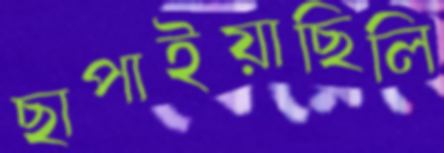
ছাপাইয়াছিলি